Annual report of the Civil Veterinary Department, Bengal, and of the Bengal Veterinary College for the year 1905-1906 - 1905-1906
Year: 1905
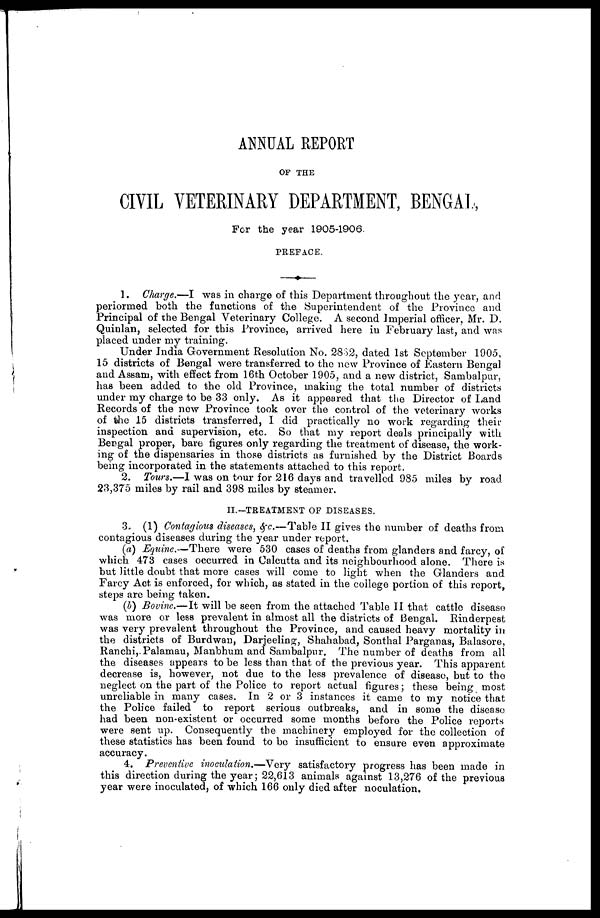
ANNUAL REPORT
OF THE
CIVIL VETERINARY DEPARTMENT, BENGAL,
For the year 1905-1906.
PREFACE.
1. Charge.—I was in charge of this Department throughout the year, and
periormed both the functions of the Superintendent of the Province and
Principal of the Bengal Veterinary College. A second Imperial officer, Mr. D.
Quinlan, selected for this Province, arrived here in February last, and was
placed under my training.
Under India Government Resolution No. 2882, dated 1st September 1905,
15 districts of Bengal were transferred to the new Province of Eastern Bengal
and Assam, with effect from 16th October 1905, and a new district, Sambalpur,
has been added to the old Province, making the total number of districts
under my charge to be 33 only. As it appeared that the Director of Land
Records of the new Province took over the control of the veterinary works
of the 15 districts transferred, I did practically no work regarding their
inspection and supervision, etc. So that my report deals principally with
Bengal proper, bare figures only regarding the treatment of disease, the work-
ing of the dispensaries in those districts as furnished by the District Boards
being incorporated in the statements attached to this report.
2. Tours.—I was on tour for 216 days and travelled 985 miles by road
23,375 miles by rail and 398 miles by steamer.
II.-TREATMENT OF DISEASES.
3. (1) Contagious diseases, &c.—Table II gives the number of deaths from
contagious diseases during the year under report.
(a) Equine.—There were 530 cases of deaths from glanders and farcy, of
which 473 cases occurred in Calcutta and its neighbourhood alone. There is
but little doubt that more cases will come to light when the Glanders and
Farcy Act is enforced, for which, as stated in the college portion of this report,
steps are being taken.
(b) Bovine.—It will be seen from the attached Table II that cattle disease
was more or less prevalent in almost all the districts of Bengal. Rinderpest
was very prevalent throughout the Province, and caused heavy mortality in
the districts of Burdwan, Darjeeling, Shahabad, Sonthal Parganas, Balasore,
Ranchi,-Palamau, Manbhum and Sambalpur. The number of deaths from all
the diseases appears to be less than that of the previous year. This apparent
decrease is, however, not due to the less prevalence of disease, but to the
neglect on the part of the Police to report actual figures; these being most
unreliable in many cases. In 2 or 3 instances it came to my notice that
the Police failed to report serious outbreaks, and in some the disease
had been non-existent or occurred some months before the Police reports
were sent up. Consequently the machinery employed for the collection of
these statistics has been found to be insufficient to ensure even approximate
accuracy.
4. Preventive inoculation.—Very satisfactory progress has been made in
this direction during the year; 22,613 animals against 13,276 of the previous
year were inoculated, of which 166 only died after noculation.